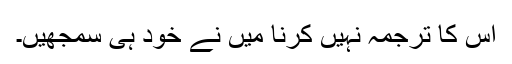
اس کا ترجمہ نہیں کرنا میں نے خود ہی سمجھیں۔